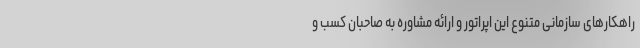
راهکارهای سازمانی متنوع این اپراتور و ارائه مشاوره به صاحبان کسب و